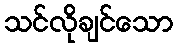
သင်လိုချင်သော